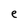
Character: e